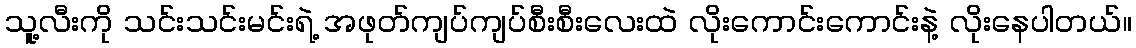
သူ့လီးကို သင်းသင်းမင်းရဲ့ အဖုတ်ကျပ်ကျပ်စီးစီးလေးထဲ လိုးကောင်းကောင်းနဲ့ လိုးနေပါတယ်။